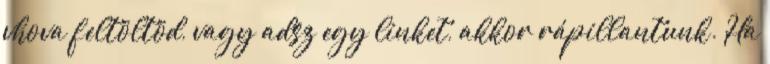
vhova feltöltöd, vagy adsz egy linket, akkor rápillantunk. Ha